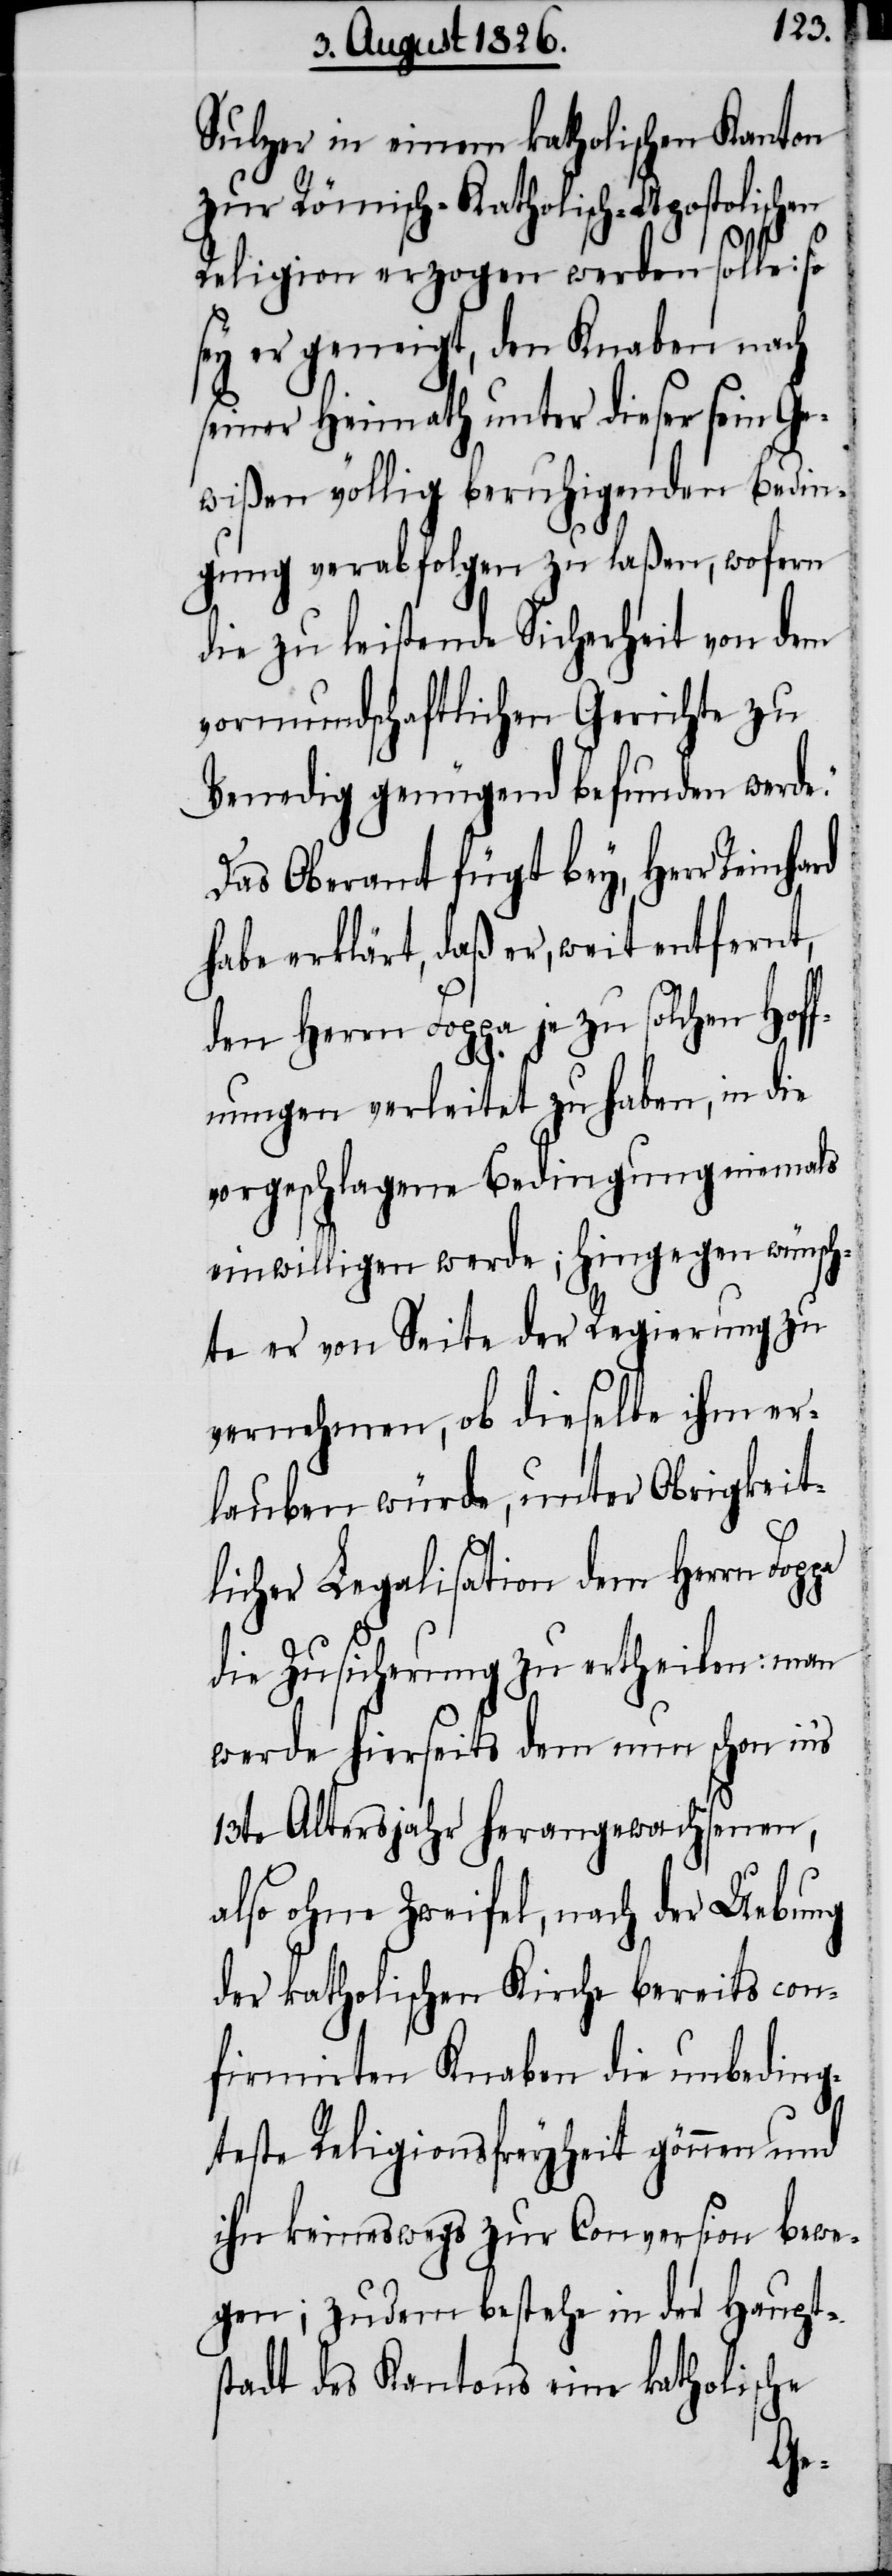
Sulzer in einem katholischen Kanton
zur Römisch-Katholisch-Apostolischen
pa
Religion erzogen werden solle: so
sey er geneigt, den Knaben nach
seiner Heimath unter dieser sein Ge¬
wißen völlig beruhigenden Bedin¬
gung verabfolgen zu laßen, wofern
die zu leistende Sicherheit von dem
vormundschaftlichen Gerichte zu
Venedig genügend befunden werde.“
Das Oberamt fügt bey, Herr Reinhard
habe erklärt, daß er, weit entfernt,
den Herrn Foppa je zu solchen Hoff¬
nungen verleitet zu haben, in die
vorgeschlagene Bedingung niemals
einwilligen werde; hingegen wünsch¬
te er von Seite der Regierung zu
vernehmen, ob dieselbe ihm er¬
lauben würde, unter Obrigkeit¬
licher Legalisation dem Herrn Fop¬
die Zusicherung zu ertheilen: man
werde hierseits dem nun schon in’s
13te Altersjahr herangewachsenen,
also ohne Zweifel, nach der Uebung
der katholischen Kirche bereits con¬
firmirten Knaben die unbeding¬
teste Religionsfreyheit gönnen und
ihn keineswegs zur Conversion bewe¬
gen; zudem bestehe in der Haupt¬
stadt des Kantons eine katholische